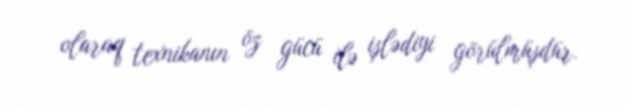
olaraq texnikanın öz gücü ilə işlədiyi görülmüşdür.